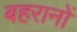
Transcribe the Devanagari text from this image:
बहरानों